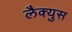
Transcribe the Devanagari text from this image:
लैक्युस